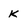
Character: k